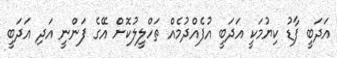
އަދަބީ ފާޑު ކިޔުމަކީ އަދަބީ އުފެއްދުމެއް ތަހްލީލުކޮށް އޭގެ ފަންނީ އަދި އަދަބީ